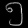
Digit: ၅